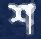
শ